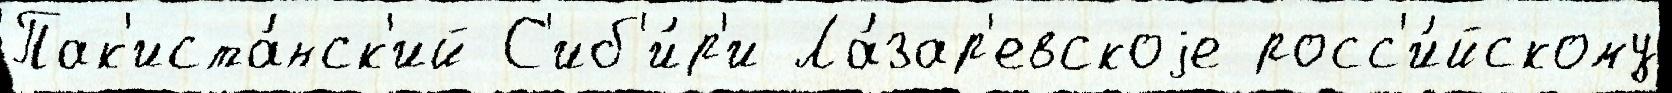
Пак'иста́нск'ий С'иб'и́р'и Ла́зар'евскоjе росс'и́йскому